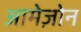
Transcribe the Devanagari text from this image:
आमेज़ोन